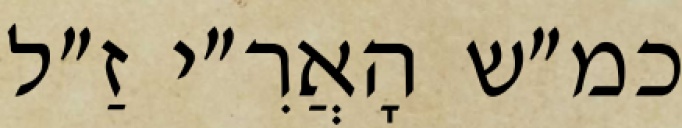
כמ״ש הָאֲרִ״י זַ״ל